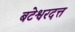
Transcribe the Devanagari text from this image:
बटेश्वरदत्त